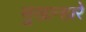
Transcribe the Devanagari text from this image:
सुखान्हारे